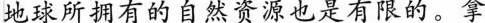
地球所拥有的自然资源也是有限的。拿